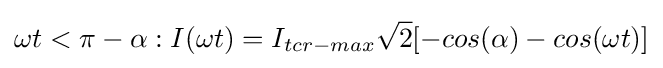
\omega t<{\pi -\alpha }:I(\omega t)=I_{tcr-max}{\sqrt {2}}[-cos(\alpha )-cos(\omega t)]